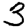
Digit: 3